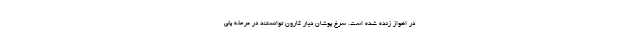
در اهواز زنده شده است. سرخ پوشان دیار کارون توانستند در مرحله پلی